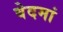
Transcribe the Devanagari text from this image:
वेदमां